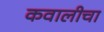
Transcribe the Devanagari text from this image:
कवालीचा